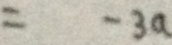
= - 3 a